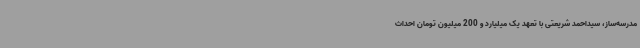
مدرسه‌ساز، سیداحمد شریعتی با تعهد یک میلیارد و 200 میلیون تومان احداث